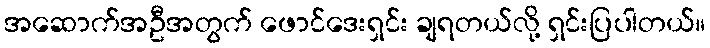
အဆောက်အဦအတွက် ဖောင်ဒေးရှင်း ချရတယ်လို့ ရှင်းပြပါတယ်။